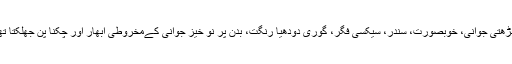
چڑھتی جوانی، خوبصورت، سندر، سیکسی فگر، گوری دودھیا رنگت، بدن پر نو خیز جوانی کےمخروطی ابھار اور چکنا پن جھلکتا تھا۔